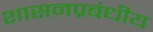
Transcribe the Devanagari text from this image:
शासनप्रबंधीय